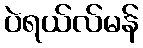
ပဲရယ်လ်မန်